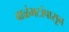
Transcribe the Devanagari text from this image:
बाळंभटांपासून